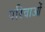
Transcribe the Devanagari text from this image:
परिवाओं